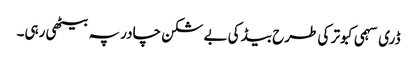
ڈری سہمی کبوتر کی طرح بیڈ کی بے شکن چادر پہ بیٹھی رہی۔